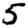
Digit: 5